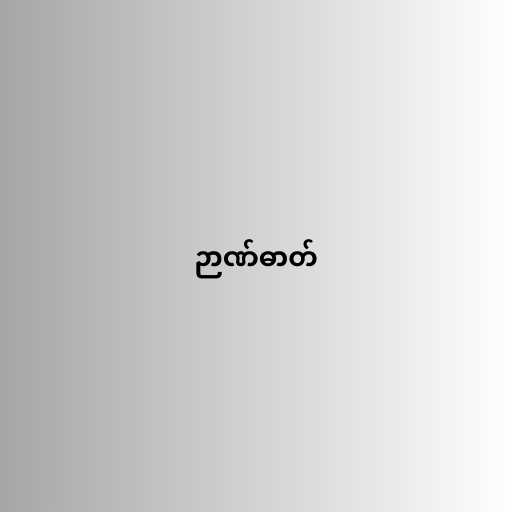
ဉာဏ်ဓာတ်